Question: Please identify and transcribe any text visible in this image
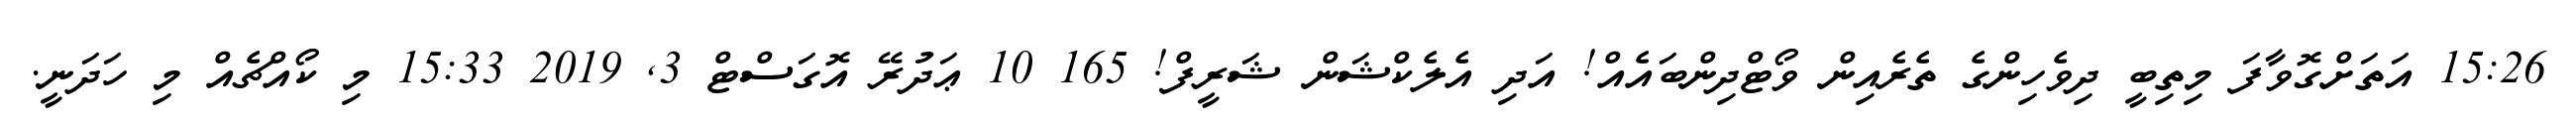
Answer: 15:26 އަތަށްގޮވާފަ މިތިބީ ދިވެހިންގެ ތެރެއިން ވޯޓްދިންބައެއް! އަދި އެލެކްޝަން ޝަރީފް! 165 10 ޢަދުރޭ އޮގަސްޓް 3, 2019 15:33 މި ކޯއްޗެއް މި ހަދަނީ.